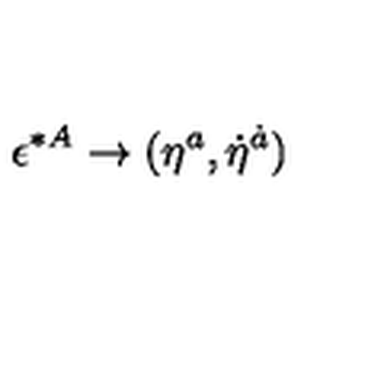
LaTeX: \epsilon ^ { * A } \to ( \eta ^ { a } , \dot { \eta } ^ { \dot { a } } )